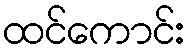
ထင်ကောင်း